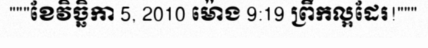
"""ខែវិច្ឆិកា 5, 2010 ម៉ោង 9:19 ព្រឹកល្អដែរ!"""